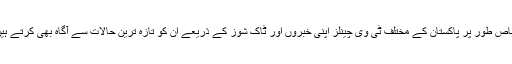
خاص طور پر پاکستان کے مختلف ٹی وی چینلز اپنی خبروں اور ٹاک شوز کے ذریعے ان کو تازہ ترین حالات سے آگاہ بھی کرتے ہیں۔